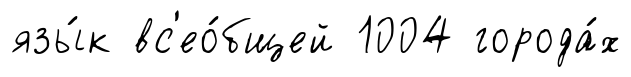
язы́к вс'ео́бщей 1004 города́х